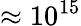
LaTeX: \approx 10^{15}